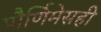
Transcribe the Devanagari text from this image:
पौर्णिमेसही